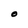
Character: O